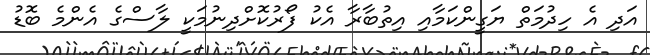
އަދި އެ ހިދުމަތް ޔަގީންކަމާއި އިތުބާރާ އެކު ފޯރުކޮށްދިނުމަކީ ލާސްގެ އެންމެ ބޮޑު